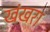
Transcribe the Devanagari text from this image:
खंखरा